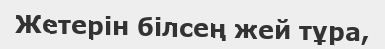
Жетерін білсең жей тұра,